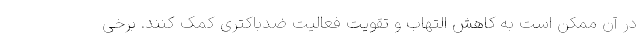
در آن ممکن است به کاهش التهاب و تقویت فعالیت ضدباکتری کمک کنند. برخی